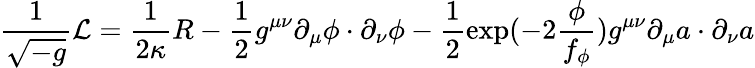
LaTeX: \frac{1}{\sqrt{-g}}{\cal L}=\frac{1}{2\kappa}R-\frac{1}{2}g^{\mu\nu}\partial_{\mu}\phi\cdot\partial_{\nu}\phi-\frac{1}{2}\exp(-2\frac{\phi}{f_{\phi}})g^{\mu\nu}\partial_{\mu}a\cdot\partial_{\nu}a